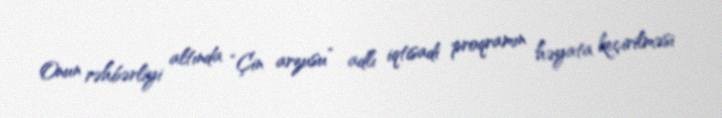
Onun rəhbərliyi altında “Çin arzusu” adlı iqtisadi proqramın həyata keçirilməsi